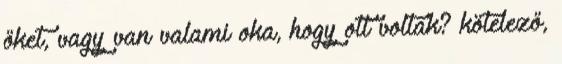
őket, vagy van valami oka, hogy ott voltak? kötelező,